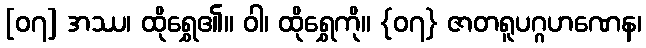
[၀၇] အဿ၊ ထိုရွှေ၏။ ဝါ၊ ထိုရွှေကို။ {၀၇} ဇာတရူပဂ္ဂဟဏေန၊